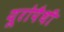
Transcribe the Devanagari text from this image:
यूरोपैथी